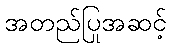
အတည်ပြုအဆင့်